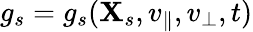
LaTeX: g_{s}=g_{s}(\textbf{X}_{s},v_{\parallel},v_{\perp},t)